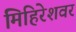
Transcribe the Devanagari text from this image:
मिहिरेशवर